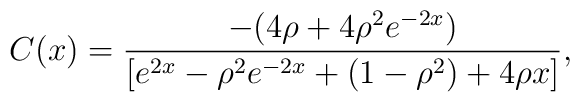
C(x)=\frac{-(4\rho+4\rho^2e^{-2x})}{[e^{2x}-\rho^2e^{-2x}+(1-\rho^2)+4\rho x]},